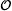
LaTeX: \scriptscriptstyle\mathcal{O}